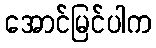
အောင်မြင်ပါက